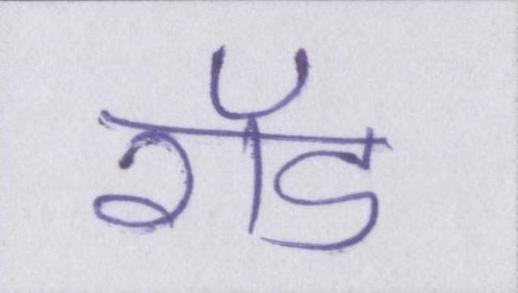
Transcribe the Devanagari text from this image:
रॉड